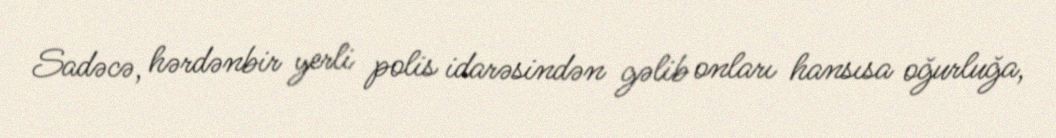
Sadəcə, hərdənbir yerli polis idarəsindən gəlib onları hansısa oğurluğa,